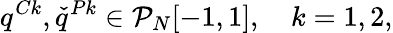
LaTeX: q^{Ck},\check{q}^{Pk}\in\mathcal{P}_{N}[-1,1],\quad k=1,2,